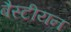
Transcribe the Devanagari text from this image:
बैस्टीयन